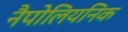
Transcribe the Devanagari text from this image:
नैपोलियनिक